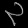
Digit: ၃